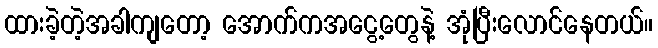
ထားခဲ့တဲ့အခါကျတော့ အောက်ကအငွေ့တွေနဲ့ အုံပြီးလောင်နေတယ်။